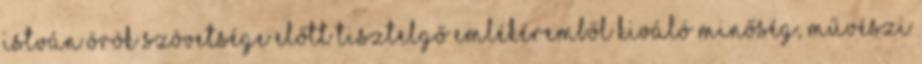
István örök szövetsége előtt tisztelgő emlékéremből Kiváló minőség, művészi